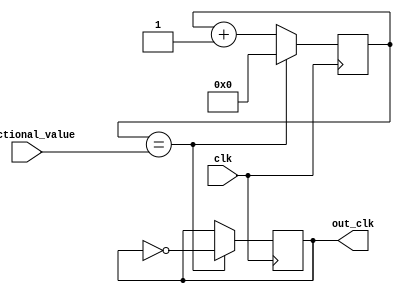
module fractional_clock_divider (
    input wire clk,
    input wire [7:0] fractional_value,
    output reg out_clk
);

reg [7:0] counter;

always @ (posedge clk) begin
    if (counter == fractional_value) begin
        out_clk <= ~out_clk;
        counter <= 0;
    end else begin
        counter <= counter + 1;
    end
end

endmodule